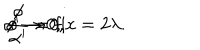
\alpha ^ { \prime } \to 0 , \hspace { 5 m m } \phi \to 0 , \hspace { 5 m m } \frac \phi { \alpha ^ { \prime } } = \mathrm { f i x } = 2 \lambda .